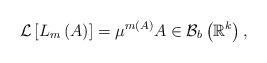
LaTeX: \begin{align*}\mathcal{L}\left[ L_{m}\left( A\right) \right] =\mu ^{m\left( A\right) }A\in \mathcal{B}_{b}\left( \mathbb{R}^{k}\right) ,\end{align*}